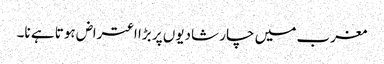
مغرب میں چار شادیوں پر بڑا اعتراض ہوتا ہے نا۔